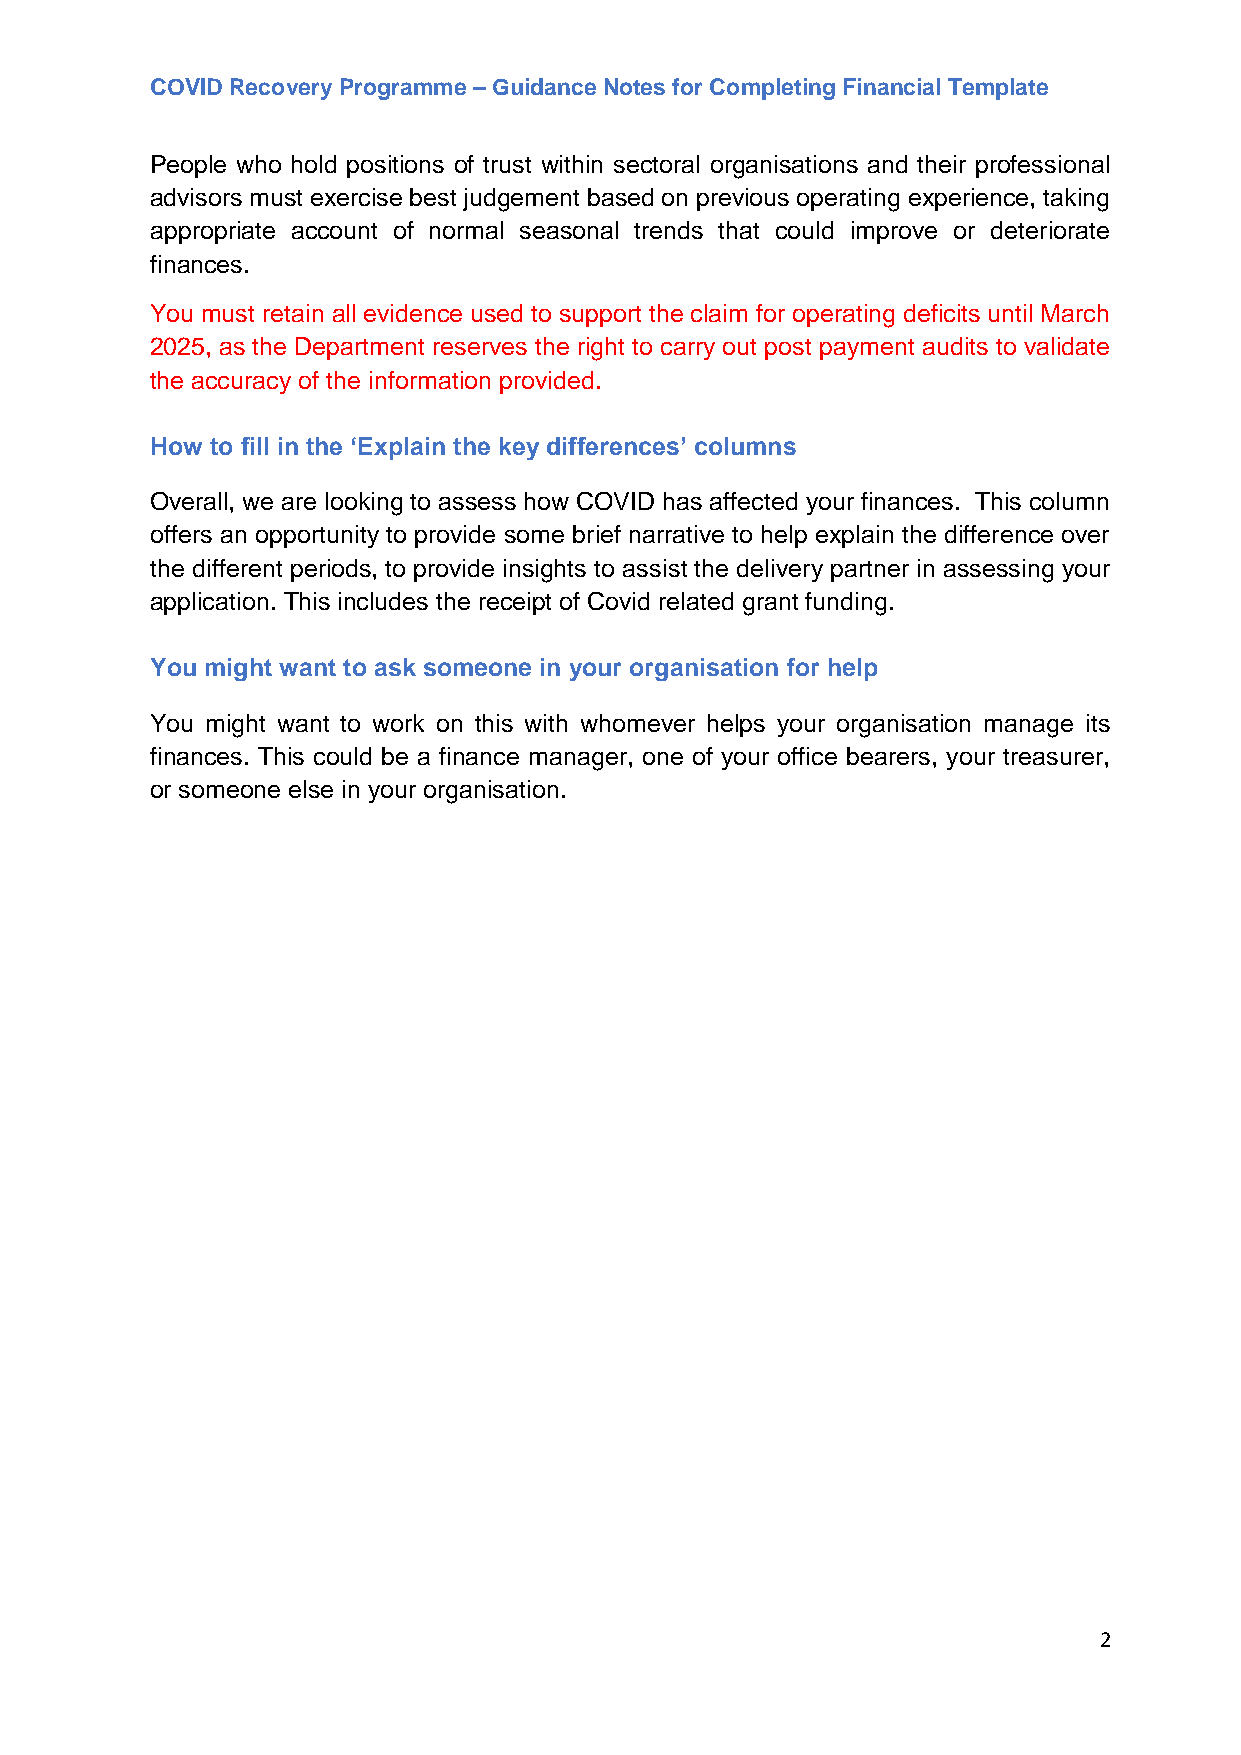
COVID Recovery Programme – Guidance Notes for Completing Financial Template
 People who hold positions of trust within sectoral organisations and their professional
 advisors must exercise best judgement based on previous operating experience, taking
 appropriate account of normal seasonal trends that could improve or deteriorate
 finances.
 You must retain all evidence used to support the claim for operating deficits until March
 2025, as the Department reserves the right to carry out post payment audits to validate
 the accuracy of the information provided.
 How to fill in the ‘Explain the key differences’ columns
 Overall, we are looking to assess how COVID has affected your finances. This column
 offers an opportunity to provide some brief narrative to help explain the difference over
 the different periods, to provide insights to assist the delivery partner in assessing your
 application. This includes the receipt of Covid related grant funding.
 You might want to ask someone in your organisation for help
 You might want to work on this with whomever helps your organisation manage its
 finances. This could be a finance manager, one of your office bearers, your treasurer,
 or someone else in your organisation.
 2